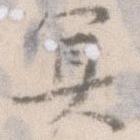
冥